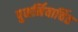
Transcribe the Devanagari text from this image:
पुनर्निवार्चित